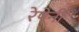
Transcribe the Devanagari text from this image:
रेषेनी